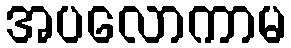
အပလောကာမ